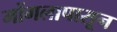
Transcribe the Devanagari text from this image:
मोंगलापासून